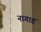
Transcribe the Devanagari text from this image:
नागाह